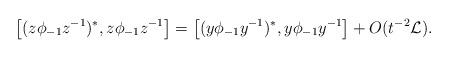
LaTeX: \begin{align*}\left[(z\phi_{-1}z^{-1})^*,z\phi_{-1}z^{-1}\right]=\left[(y\phi_{-1}y^{-1})^*,y\phi_{-1}y^{-1}\right]+O(t^{-2}\mathcal L).\end{align*}